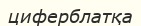
циферблатқа